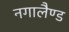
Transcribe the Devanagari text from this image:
नगालैण्ड